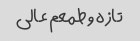
تازه و طمعم عالی